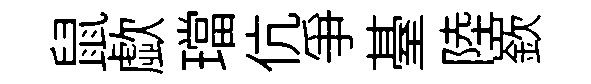
鼠歔璫伉争䑓陸嶔